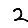
Digit: 2